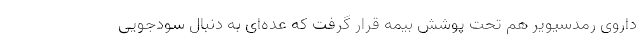
داروی رمدسیویر هم تحت پوشش بیمه قرار گرفت که عده‌ای به دنبال سودجویی